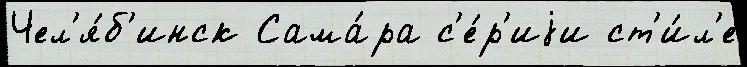
Чел'я́б'инск Сама́ра с'е́р'иjи ст'и́л'е